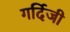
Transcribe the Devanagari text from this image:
गर्दिजी